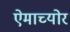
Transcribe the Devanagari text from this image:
ऐमाच्योर